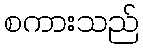
စကားသည်